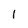
Character: l